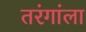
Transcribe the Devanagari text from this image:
तरंगांला